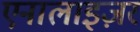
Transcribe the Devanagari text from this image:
एनालाइज़र